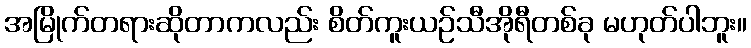
အမြိုက်တရားဆိုတာကလည်း စိတ်ကူးယဉ်သီအိုရီတစ်ခု မဟုတ်ပါဘူး။